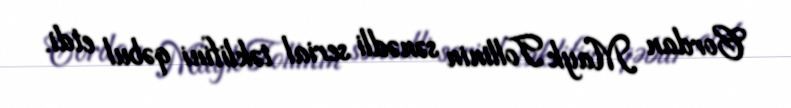
Cordan Mayk Tollinin sənədli serial təklifini qəbul etdi.